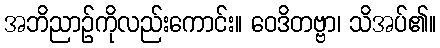
အဘိညာဉ်ကိုလည်းကောင်း။ ဝေဒိတဗ္ဗာ၊ သိအပ်၏။